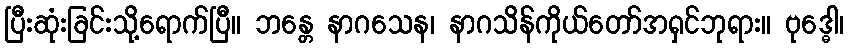
ပြီးဆုံးခြင်းသို့ရောက်ပြီ။ ဘန္တေ နာဂသေန၊ နာဂသိန်ကိုယ်တော်အရှင်ဘုရား။ ဗုဒ္ဓေါ၊